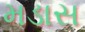
મડાસ